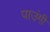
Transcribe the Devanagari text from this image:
पाउंगी